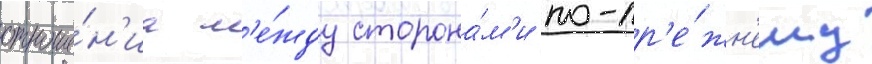
отноше́н'иа м'е́жду сторона́м'и по-пр'е́жн'ему